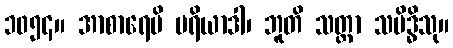
၁၀၅၄။ အာစာရေပိ မရိယာဒါ၊ ဘူတိ သတ္တာ သမိဒ္ဓိသု။